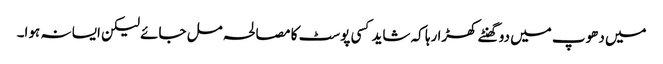
میں دھوپ میں دو گھنٹے کھڑا رہا کہ شاید کسی پوسٹ کا مصالحہ مل جائے لیکن ایسا نہ ہوا۔